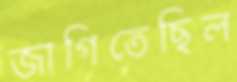
জাগিতেছিল